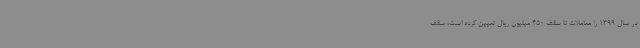
در سال 1399 را معاملات تا سقف 450 میلیون ریال تعیین کرده است، سقف